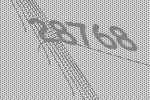
28768